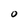
Character: O